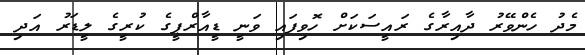
މެދު ހެންވޭރު ދާއިރާގެ ރައީސަކަށް ހޮވިފައި ވަނީ ޑީއާރްޕީގެ ކުރީގެ ލީޑަރު އަދި